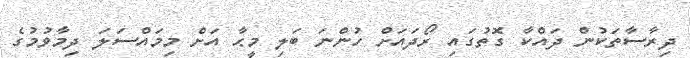
ދިރާސާތަކުން ދައްކާ ގޮތުގައި ރޯދައަށް ހުންނަ ބަލި މީޙާ އަށް މިމައްސަލަ ދިމާވުމުގެ